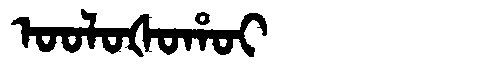
Manchu: ᠣᠣᠯᠣᡧᠣᡥᠣᡳ
Romanization: OOLOŠOHOI